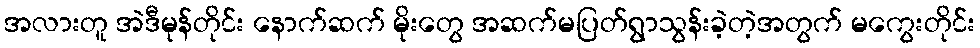
အလားတူ အဲဒီမုန်တိုင်း နောက်ဆက် မိုးတွေ အဆက်မပြတ်ရွာသွန်းခဲ့တဲ့အတွက် မကွေးတိုင်း